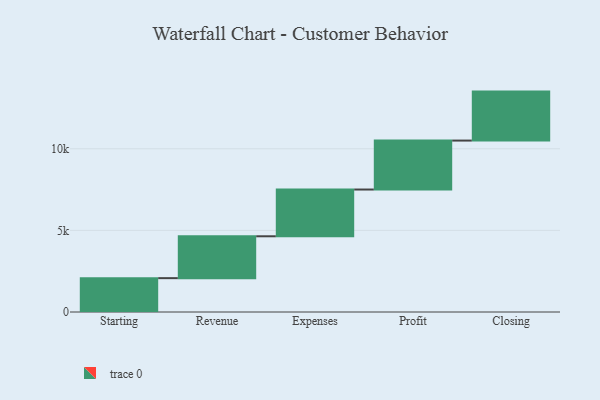
{"axis": {"x": "Step", "y": "Value"}, "legend": [""], "data": [{"x": "Starting", "y": 2074.0, "type": ""}, {"x": "Revenue", "y": 2565.0, "type": ""}, {"x": "Expenses", "y": 2864.0, "type": ""}, {"x": "Profit", "y": 3000, "type": ""}, {"x": "Closing", "y": 3000, "type": ""}]}